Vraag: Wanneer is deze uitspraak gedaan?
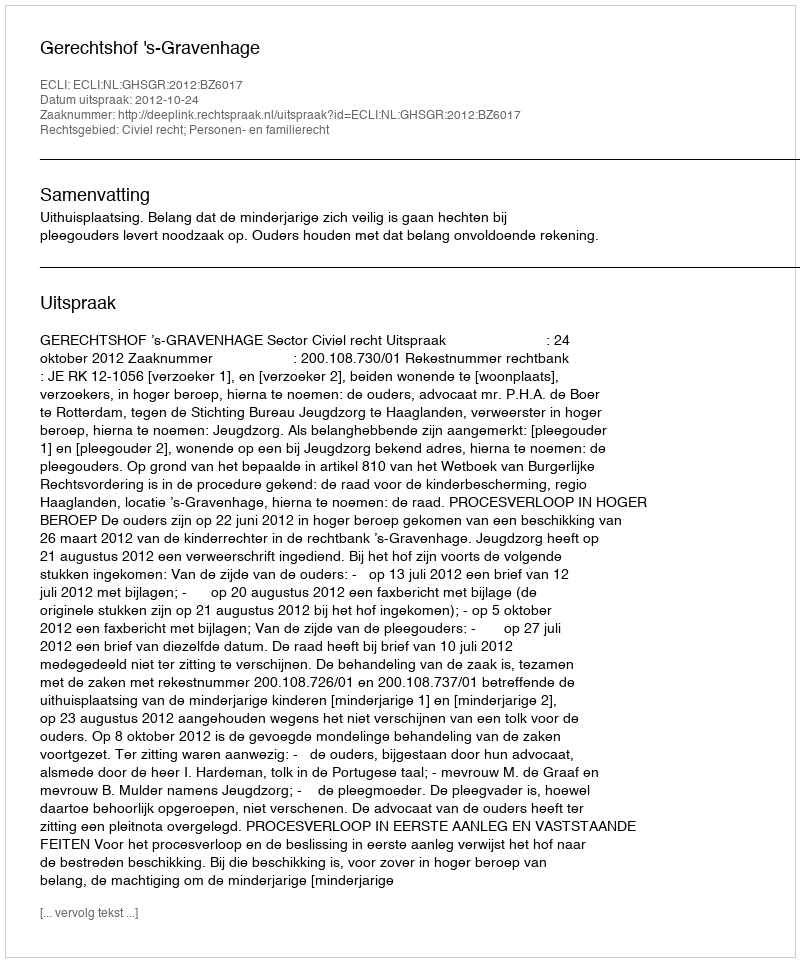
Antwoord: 2012-10-24